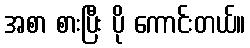
အစာ စားပြီး ပို ကောင်းတယ်။